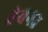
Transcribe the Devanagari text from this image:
श्वेवनउ